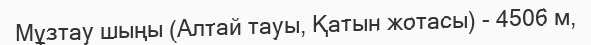
Мұзтау шыңы (Алтай тауы, Қатын жотасы) - 4506 м,